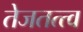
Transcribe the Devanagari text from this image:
तेजतत्त्व